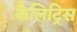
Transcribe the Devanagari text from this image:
कैलिट्रिस